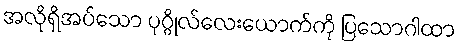
အလိုရှိအပ်သော ပုဂ္ဂိုလ်လေးယောက်ကို ပြသောဂါထာ